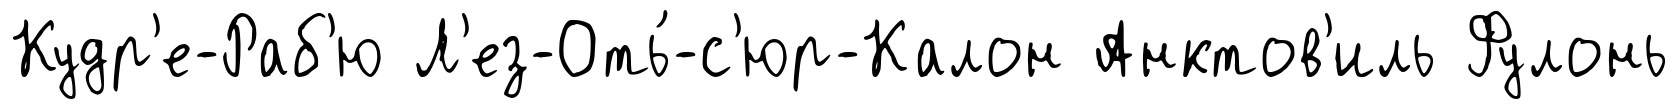
Кудр'е-Раб'ю Л'ез-Оть́-с'юр-Калон Анктов'иль Фулонь